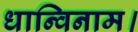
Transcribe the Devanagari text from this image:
धान्विनाम।